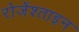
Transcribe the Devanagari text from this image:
रोजेंश्ताइन